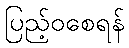
ပြည့်ဝစေရန်